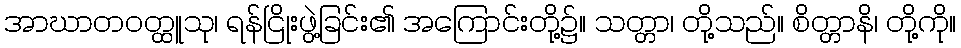
အာဃာတဝတ္ထူသု၊ ရန်ငြိုးဖွဲ့ခြင်း၏ အကြောင်းတို့၌။ သတ္တာ၊ တို့သည်။ စိတ္တာနိ၊ တို့ကို။